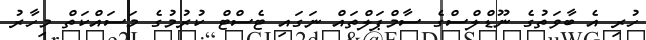
ހުރި އެ ބާވަތުގެ ނޫޑްލްސްގެ ސާމްޕަލްތައް ނަގައި ޓެސްޓް ކުރުމުގެ މަސައްކަތް މިހާރު